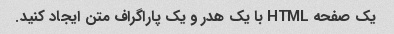
یک صفحه HTML با یک هدر و یک پاراگراف متن ایجاد کنید.